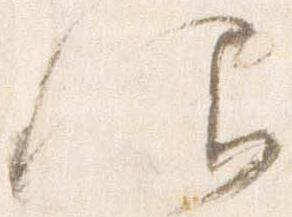
仰